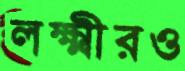
লক্ষ্মীরও